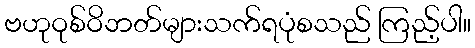
ဗဟုဝုစ်ဝိဘတ်များသက်ရပုံစသည် ကြည့်ပါ။